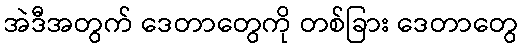
အဲဒီအတွက် ဒေတာတွေကို တစ်ခြား ဒေတာတွေ